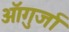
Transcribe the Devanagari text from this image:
ऑगुर्जा